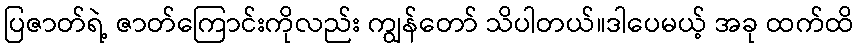
ပြဇာတ်ရဲ့ ဇာတ်ကြောင်းကိုလည်း ကျွန်တော် သိပါတယ်။ဒါပေမယ့် အခု ထက်ထိ